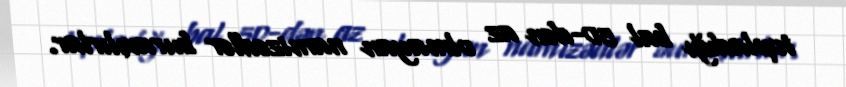
topladığı bal 50-dən az olmayan namizədlər buraxılırlar.